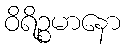
ဝိရိဉ္စမာနော